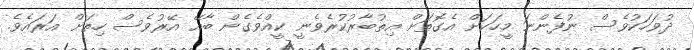
ދުވަހަކުވެސް ނުފެންނަ މީހަކަށް އެގޮތަށް އިތުބާރުކުރެވެނީ ކީއްވެގެން ބާއޭ އޭރުވެސް ހިތަށް އަރައެވެ.